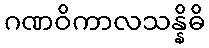
ဂဏဝိကာလသန္နိဓိ